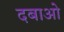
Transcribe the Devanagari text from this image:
दबाओ